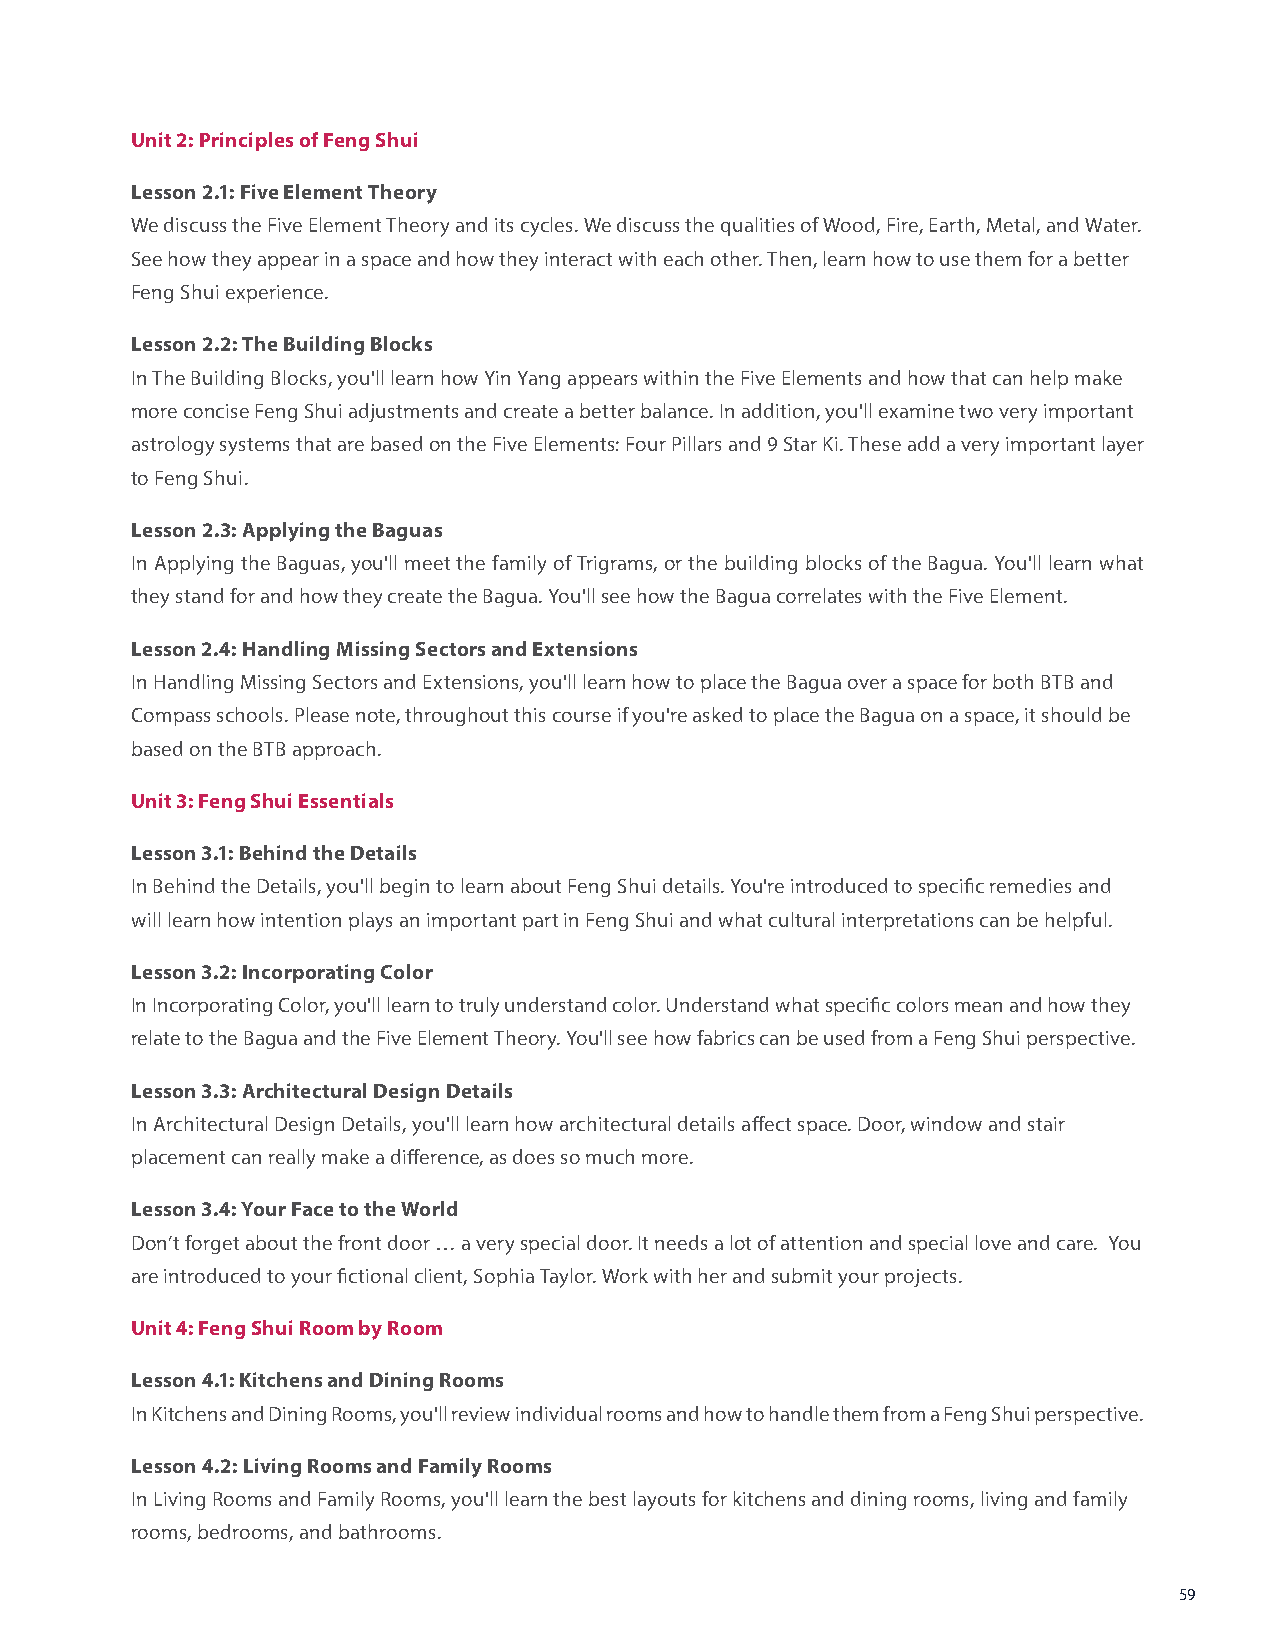
Unit 2: Principles of Feng Shui
 Lesson 2.1: Five Element Theory
 We discuss the Five Element Theory and its cycles. We discuss the qualities of Wood, Fire, Earth, Metal, and Water.
 See how they appear in a space and how they interact with each other. Then, learn how to use them for a better
 Feng Shui experience.
 Lesson 2.2: The Building Blocks
 In The Building Blocks, you'll learn how Yin Yang appears within the Five Elements and how that can help make
 more concise Feng Shui adjustments and create a better balance. In addition, you'll examine two very important
 astrology systems that are based on the Five Elements: Four Pillars and 9 Star Ki. These add a very important layer
 to Feng Shui.
 Lesson 2.3: Applying the Baguas
 In Applying the Baguas, you'll meet the family of Trigrams, or the building blocks of the Bagua. You'll learn what
 they stand for and how they create the Bagua. You'll see how the Bagua correlates with the Five Element.
 Lesson 2.4: Handling Missing Sectors and Extensions
 In Handling Missing Sectors and Extensions, you'll learn how to place the Bagua over a space for both BTB and
 Compass schools. Please note, throughout this course if you're asked to place the Bagua on a space, it should be
 based on the BTB approach.
 Unit 3: Feng Shui Essentials
 Lesson 3.1: Behind the Details
 In Behind the Details, you'll begin to learn about Feng Shui details. You're introduced to specific remedies and
 will learn how intention plays an important part in Feng Shui and what cultural interpretations can be helpful.
 Lesson 3.2: Incorporating Color
 In Incorporating Color, you'll learn to truly understand color. Understand what specific colors mean and how they
 relate to the Bagua and the Five Element Theory. You'll see how fabrics can be used from a Feng Shui perspective.
 Lesson 3.3: Architectural Design Details
 In Architectural Design Details, you'll learn how architectural details affect space. Door, window and stair
 placement can really make a difference, as does so much more.
 Lesson 3.4: Your Face to the World
 Don’t forget about the front door … a very special door. It needs a lot of attention and special love and care. You
 are introduced to your fictional client, Sophia Taylor. Work with her and submit your projects.
 Unit 4: Feng Shui Room by Room
 Lesson 4.1: Kitchens and Dining Rooms
 In Kitchens and Dining Rooms, you'll review individual rooms and how to handle them from a Feng Shui perspective.
 Lesson 4.2: Living Rooms and Family Rooms
 In Living Rooms and Family Rooms, you'll learn the best layouts for kitchens and dining rooms, living and family
 rooms, bedrooms, and bathrooms.
 59